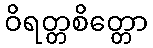
ဝိရတ္တစိတ္တော